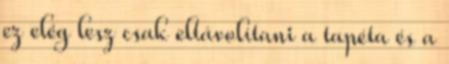
ez elég lesz csak eltávolítani a tapéta és a